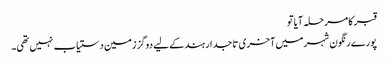
قبر کا مرحلہ آیا تو
پورے رنگون شہر میں آخری تاجدار ہند کے لیے دوگز زمین دستیاب نہیں تھی۔